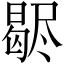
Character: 𣍊